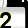
Digit: 2